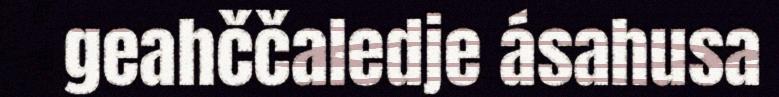
geahččaledje ásahusa